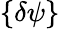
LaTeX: \{ \delta\psi\}